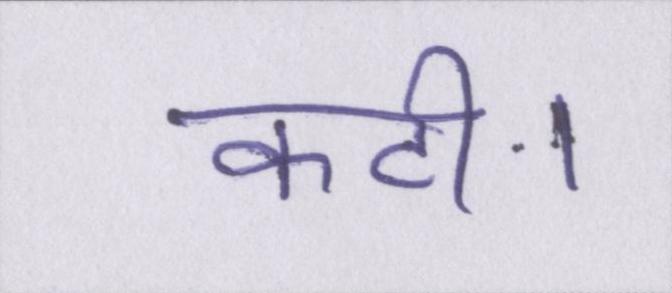
कटी।